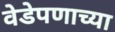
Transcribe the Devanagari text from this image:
वेडेपणाच्या